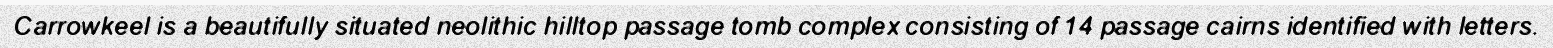
Carrowkeel is a beautifully situated neolithic hilltop passage tomb complex consisting of 14 passage cairns identified with letters.